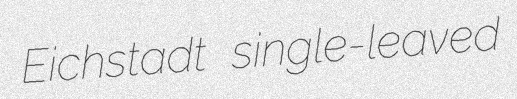
Eichstadt single-leaved